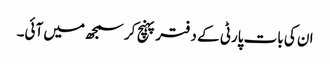
ان کی بات پارٹی کے دفتر پہنچ کر سمجھ میں آئی۔